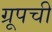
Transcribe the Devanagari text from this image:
ग्रूपची